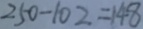
2 5 0 - 1 0 2 = 1 4 8